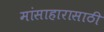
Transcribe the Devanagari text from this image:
मांसाहारासाठी